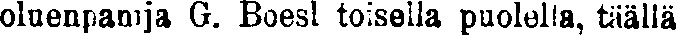
oluenpanija G. Boesl toisella puolella, täällä